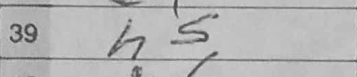
Transcription: h5